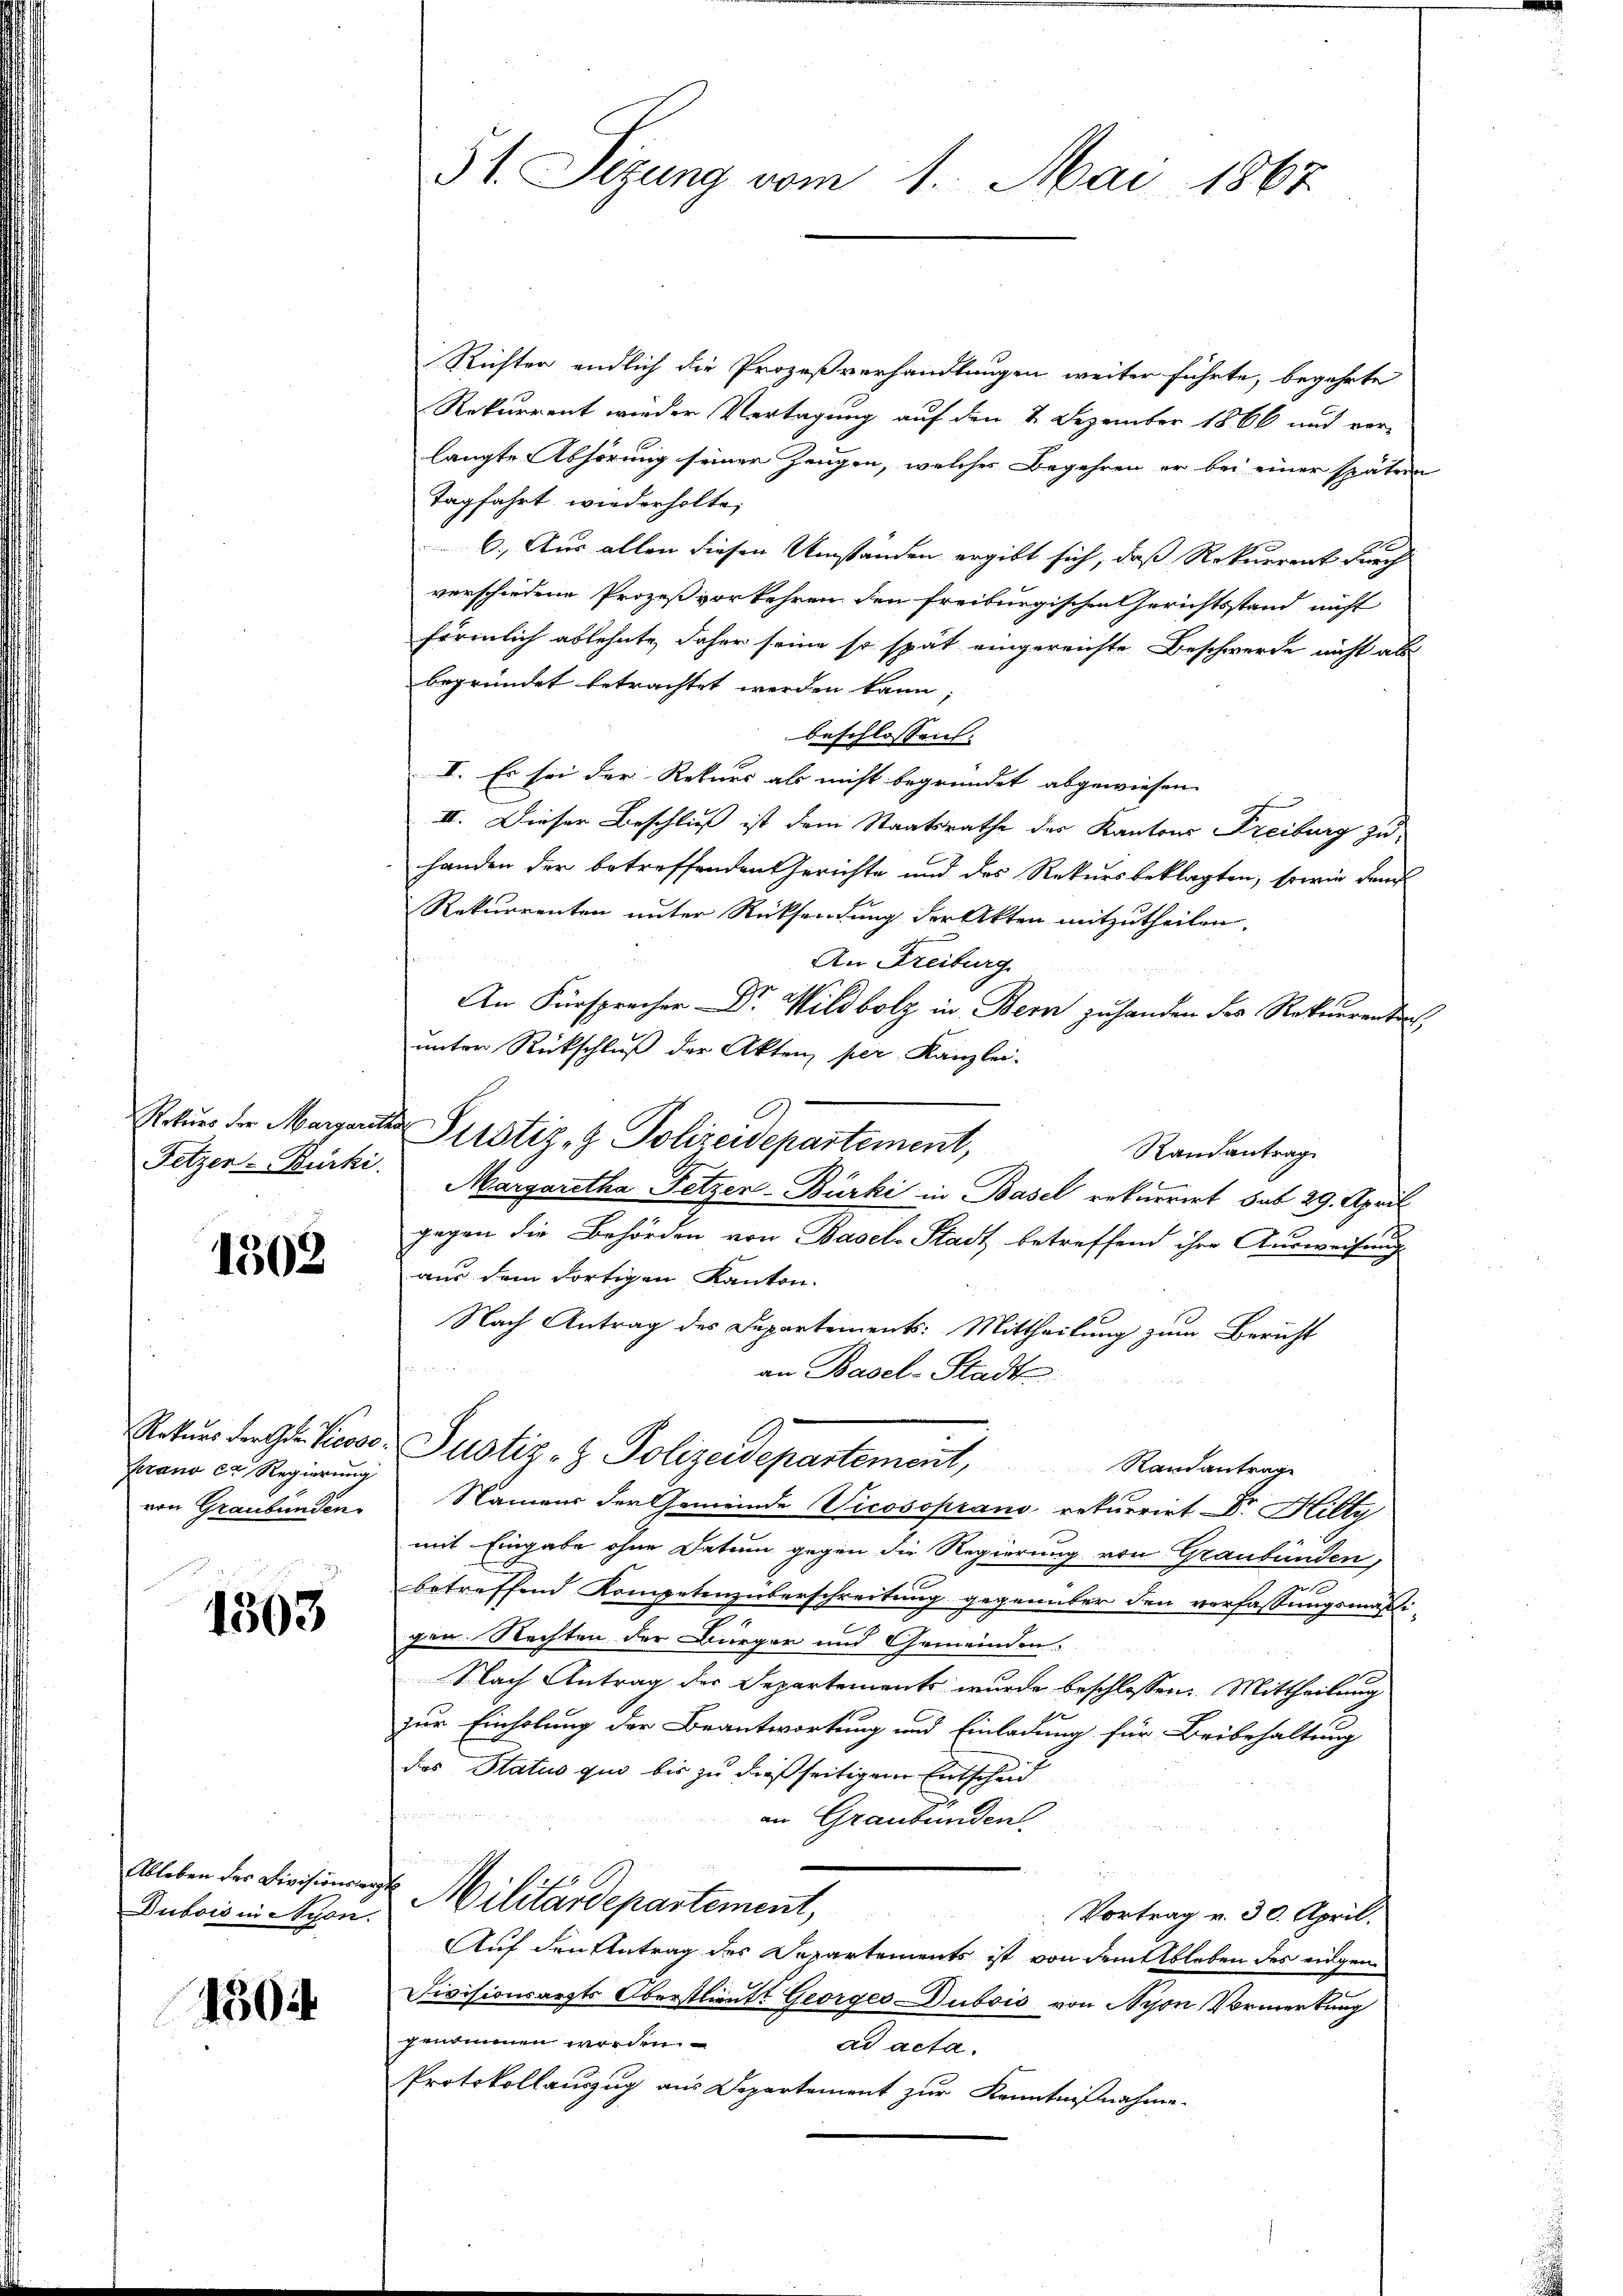
Rekurs der Margari

1502

Urano ca Regierung
von Graubünden

1303

Ableben des Divisionsarz
Dubois in Nyon.

1304.

Richter endlich die Prozeßverhandlungen weiter führte, begehrte
Rekurrent wieder Vertagung auf den 2. Dezember 1866 und ver-
langte Abhörung seiner Zeugen, welches Begehren er bei einer spätern
Tagfahrt wiederholte,
6.) Aus allen diesen Umständen ergibt sich, dass Rekurrent durch
verschiedene Prozeß vorkehren den Freiburgischen Gerichtsstand nicht
förmlich ablehnte, daher seine so spät eingereichte Beschwerde nicht als
begründet betrachtet werden kann;
beschlossen:
I. Es sei der Rekurs als nicht begründet abgewiesen.
III. Dieser Beschluß ist dem Staatsrathe des Kantons Freiburg zu
handen der betreffenden Gerichte und des Rekursbeklagten, sowie den
Rekurrenten unter Rücksendung der Akten mitzutheilen.
An Freiburg
An Fürsprecher Dr. Wildbolz in Bern zu handen des Rekurrenten.
unter Rückschluß der Akten per Kanzlei.
der Justiz- & Polizeidepartement,
Randantrag
Fetzer Bürki. Margaretha Fetzen-Bürki in Basel rekurrirt, bat 29. April
gegen die Behörden von Basel-Stadt betreffend ihre Ausweisung
aus dem dortigen Kanton.
Nach Antrag des Departements: Mittheilung zum Bericht
an Basel-Stadte
Rekŭrs der Gr. Pressor Justiz- & Polizeidepartement, Randantrage
Namens der Gemeinde Vicosoprano rekurrirt Dr. Hilty
mit Eingabe ohne Datum gegen die Regierung von Graubünden,
betreffend Kompetenzüberschreitung gegenüber den verfassungsmäßi-
gen Rechten der Bürger und Gemeinden.
Nach Antrag der Separtements wurde beschlossen: Mittheilung
1
zur Einholung der Beantwortung und Einladung für Beibehaltung
das Status quo bis zu dießseitigem Entscheid
an Graubünden.
u
. Militärdepartement,
Vortrag v. 30. April.
Auf den Antrag des Departements ist von dem Ableben des eidgen
Divisionsarzts Oberstlieutt Georges Dubois von Nyon Vormerkung
genommen worden.
ad acta.
Protokollauszug aus Departement zur Kenntnißnahme.

3t Setzung vom 1. Mai 1867